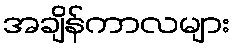
အချိန်ကာလများ